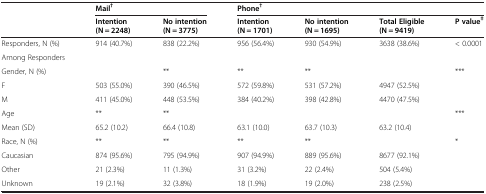
|  | <COLSPAN=2> Mail† | <COLSPAN=4> Phone† |
 |  | Intention (N = 2248) | No intention (N = 3775) | Intention (N = 1701) | No intention (N = 1695) | Total Eligible (N = 9419) | P value‡ |
 | --- | --- | --- | --- | --- | --- | --- |
 | Responders, N (%) | 914 (40.7%) | 838 (22.2%) | 956 (56.4%) | 930 (54.9%) | 3638 (38.6%) | < 0.0001 |
 | Among Responders |  |  |  |  |  |  |
 | Gender, N (%) |  | ** | ** | ** |  | *** |
 | F | 503 (55.0%) | 390 (46.5%) | 572 (59.8%) | 531 (57.2%) | 4947 (52.5%) |  |
 | M | 411 (45.0%) | 448 (53.5%) | 384 (40.2%) | 398 (42.8%) | 4470 (47.5%) |  |
 | Age | ** | ** |  |  |  | *** |
 | Mean (SD) | 65.2 (10.2) | 66.4 (10.8) | 63.1 (10.0) | 63.7 (10.3) | 63.2 (10.4) |  |
 | Race, N (%) | ** | ** | ** | ** |  | * |
 | Caucasian | 874 (95.6%) | 795 (94.9%) | 907 (94.9%) | 889 (95.6%) | 8677 (92.1%) |  |
 | Other | 21 (2.3%) | 11 (1.3%) | 31 (3.2%) | 22 (2.4%) | 504 (5.4%) | <ROWSPAN=2>  |
 | Unknown | 19 (2.1%) | 32 (3.8%) | 18 (1.9%) | 19 (2.0%) | 238 (2.5%) |